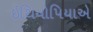
ઇથિયોપિયાએ